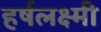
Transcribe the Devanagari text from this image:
हर्षलक्ष्मी